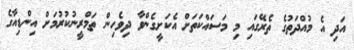
އަދި އެ މުއްދަތުގެ ތެރޭގައި މި މަސައްކަތަށް އެކަށީގެންވާ ދިވެހިން ތަމްރީނުކުރުމަށް އިންޑިއާގެ